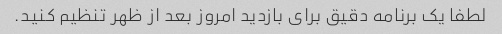
لطفا یک برنامه دقیق برای بازدید امروز بعد از ظهر تنظیم کنید.